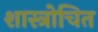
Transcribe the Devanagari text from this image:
शास्त्रोचित